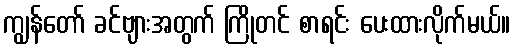
ကျွန်တော် ခင်ဗျားအတွက် ကြိုတင် စာရင်း ပေးထားလိုက်မယ်။